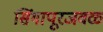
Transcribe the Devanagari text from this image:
सिंगापूरजवळ